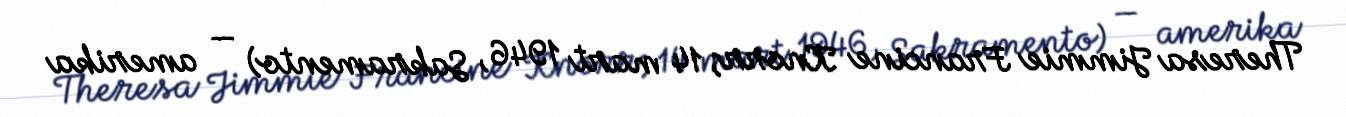
Theresa Jimmie Francine Knorr; 14 mart 1946, Sakramento) — amerika